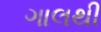
ગાલથી